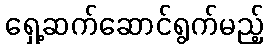
ရှေ့ဆက်ဆောင်ရွက်မည့်